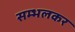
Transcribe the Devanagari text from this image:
सम्भलकर